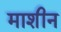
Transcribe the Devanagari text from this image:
माशीन